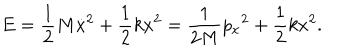
E = { \frac { 1 } { 2 } } M \dot { x } ^ { 2 } + { \frac { 1 } { 2 } } k x ^ { 2 } = { \frac { 1 } { 2 M } } { p _ { x } } ^ { 2 } + { \frac { 1 } { 2 } } k x ^ { 2 } .